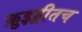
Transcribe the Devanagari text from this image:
क़ुइड्डीतच